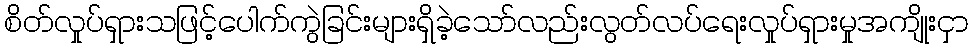
စိတ်လှုပ်ရှားသဖြင့်ပေါက်ကွဲခြင်းများရှိခဲ့သော်လည်းလွတ်လပ်ရေးလှုပ်ရှားမှုအကျိုးငှာ